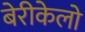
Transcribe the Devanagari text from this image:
बेरीकेलो